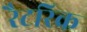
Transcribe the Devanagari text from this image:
रैटरिक